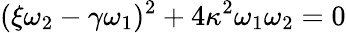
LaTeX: (\xi\omega_{2}-\gamma\omega_{1})^{2}+4\kappa^{2}\omega_{1}\omega_{2}=0